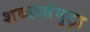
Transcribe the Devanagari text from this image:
शब्दासंमृढ़ा